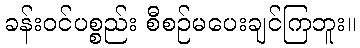
ခန်းဝင်ပစ္စည်း စီစဉ်မပေးချင်ကြဘူး။